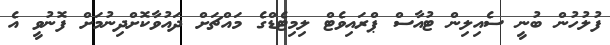
ފުލުހުން ބުނީ ސެއިލިން ޓުއާސް ޕްރައިވެޓް ލިމިޓެޑްގެ މައްޗަށް ދައުވާކޮށްދިނުމަށް ފޮނުވީ އެ